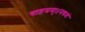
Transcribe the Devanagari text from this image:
चाष्टमम्।।नवमं